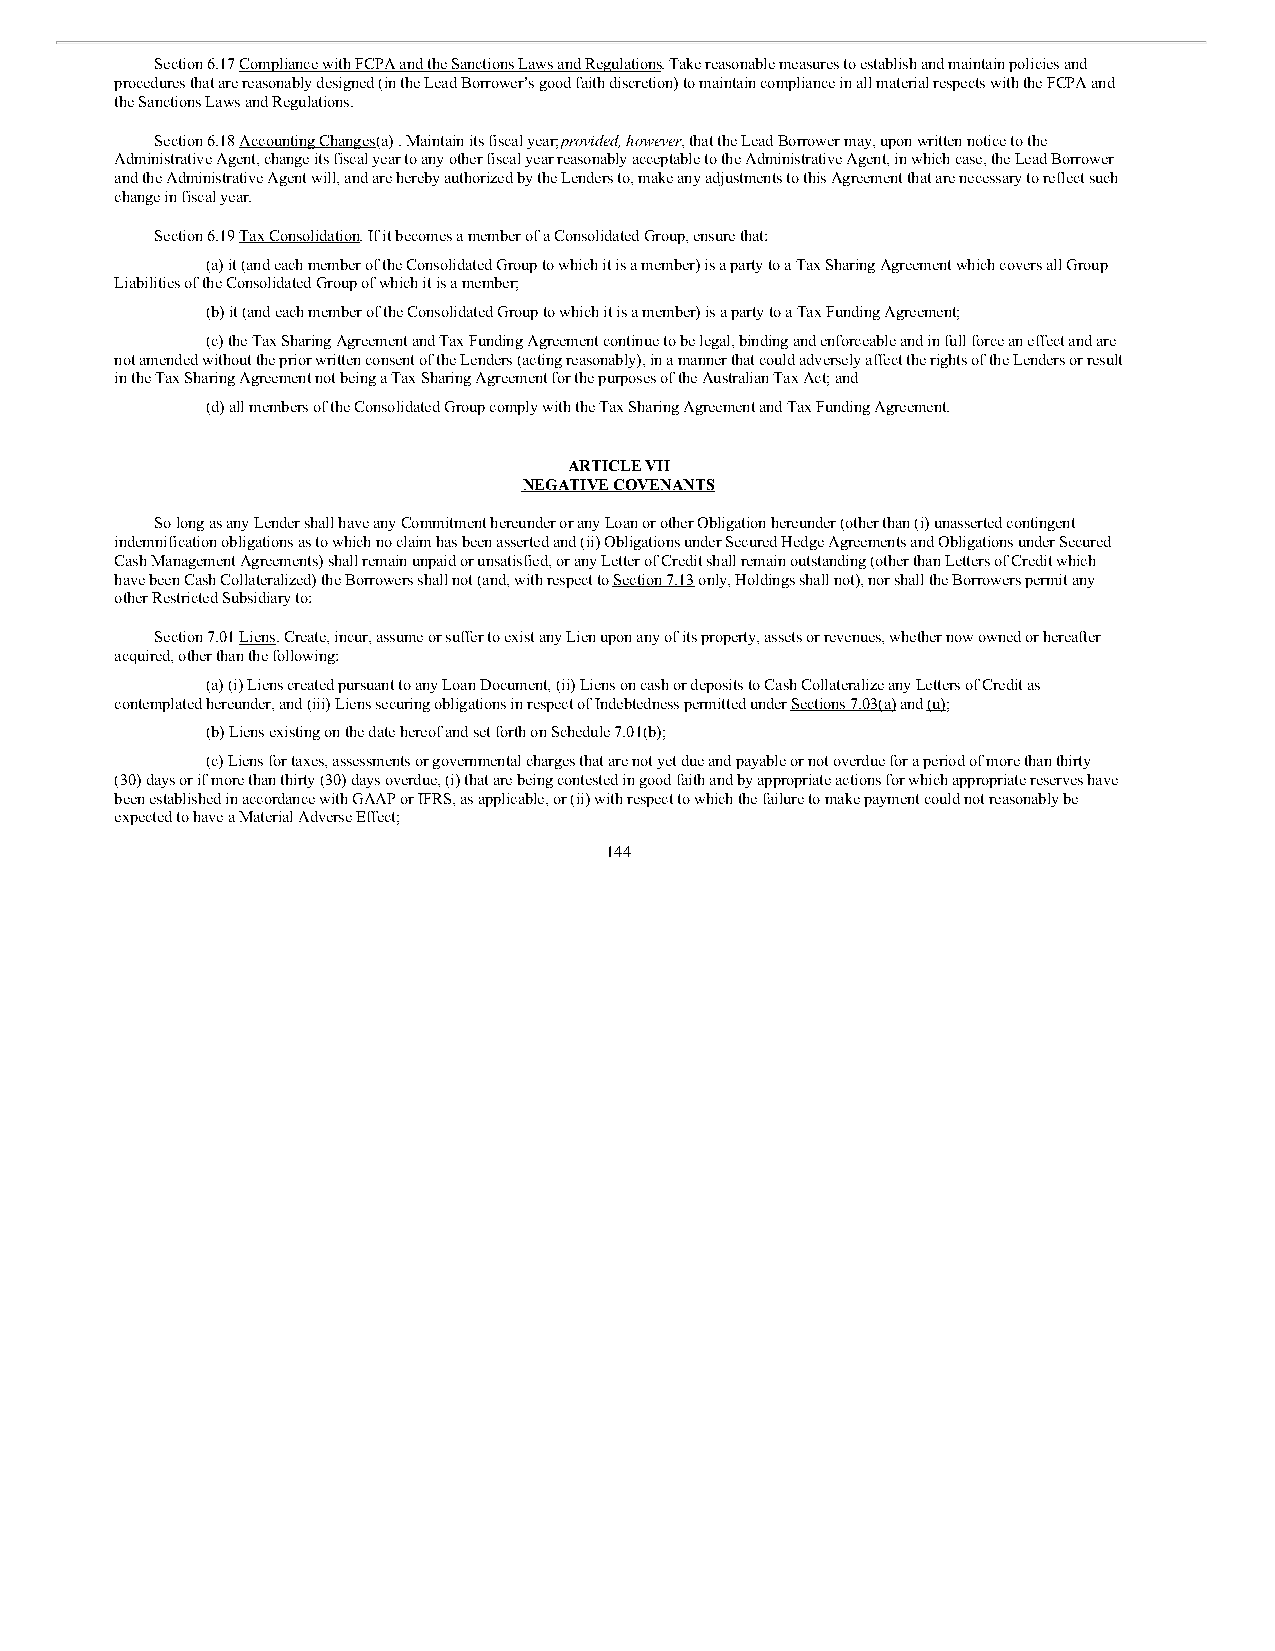
Section 6.17 Compliance with FCPA and the Sanctions Laws and Regulations. Take reasonable measures to establish and maintain policies and
 procedures that are reasonably designed (in the Lead Borrower’s good faith discretion) to maintain compliance in all material respects with the FCPA and
 the Sanctions Laws and Regulations.
 Section 6.18 Accounting Changes(a) . Maintain its fiscal year; provided, however, that the Lead Borrower may, upon written notice to the
 Administrative Agent, change its fiscal year to any other fiscal year reasonably acceptable to the Administrative Agent, in which case, the Lead Borrower
 and the Administrative Agent will, and are hereby authorized by the Lenders to, make any adjustments to this Agreement that are necessary to reflect such
 change in fiscal year.
 Section 6.19 Tax Consolidation. If it becomes a member of a Consolidated Group, ensure that:
 (a) it (and each member of the Consolidated Group to which it is a member) is a party to a Tax Sharing Agreement which covers all Group
 Liabilities of the Consolidated Group of which it is a member;
 (b) it (and each member of the Consolidated Group to which it is a member) is a party to a Tax Funding Agreement;
 (c) the Tax Sharing Agreement and Tax Funding Agreement continue to be legal, binding and enforceable and in full force an effect and are
 not amended without the prior written consent of the Lenders (acting reasonably), in a manner that could adversely affect the rights of the Lenders or result
 in the Tax Sharing Agreement not being a Tax Sharing Agreement for the purposes of the Australian Tax Act; and
 (d) all members of the Consolidated Group comply with the Tax Sharing Agreement and Tax Funding Agreement.
 ARTICLE VII
 NEGATIVE COVENANTS
 So long as any Lender shall have any Commitment hereunder or any Loan or other Obligation hereunder (other than (i) unasserted contingent
 indemnification obligations as to which no claim has been asserted and (ii) Obligations under Secured Hedge Agreements and Obligations under Secured
 Cash Management Agreements) shall remain unpaid or unsatisfied, or any Letter of Credit shall remain outstanding (other than Letters of Credit which
 have been Cash Collateralized) the Borrowers shall not (and, with respect to Section 7.13 only, Holdings shall not), nor shall the Borrowers permit any
 other Restricted Subsidiary to:
 Section 7.01 Liens. Create, incur, assume or suffer to exist any Lien upon any of its property, assets or revenues, whether now owned or hereafter
 acquired, other than the following:
 (a) (i) Liens created pursuant to any Loan Document, (ii) Liens on cash or deposits to Cash Collateralize any Letters of Credit as
 contemplated hereunder, and (iii) Liens securing obligations in respect of Indebtedness permitted under Sections 7.03(a) and (u);
 (b) Liens existing on the date hereof and set forth on Schedule 7.01(b);
 (c) Liens for taxes, assessments or governmental charges that are not yet due and payable or not overdue for a period of more than thirty
 (30) days or if more than thirty (30) days overdue, (i) that are being contested in good faith and by appropriate actions for which appropriate reserves have
 been established in accordance with GAAP or IFRS, as applicable, or (ii) with respect to which the failure to make payment could not reasonably be
 expected to have a Material Adverse Effect;
 144